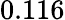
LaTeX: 0.116